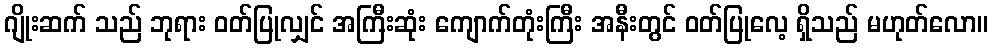
ဂျိုးဆက် သည် ဘုရား ဝတ်ပြုလျှင် အကြီးဆုံး ကျောက်တုံးကြီး အနီးတွင် ဝတ်ပြုလေ့ ရှိသည် မဟုတ်လော။